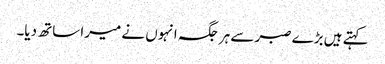
کہتے ہیں بڑے صبر سے ہر جگہ انہوں نے میرا ساتھ دیا۔